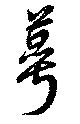
萼